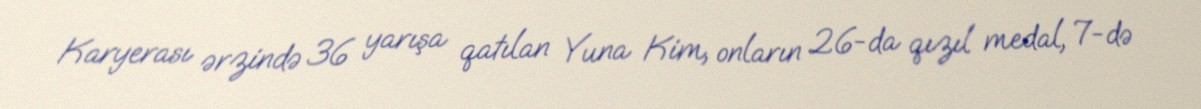
Karyerası ərzində 36 yarışa qatılan Yuna Kim, onların 26-da qızıl medal, 7-də